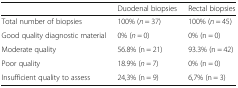
<table><thead><tr><td></td><td><b>Duodenal biopsies</b></td><td><b>Rectal biopsies</b></td></tr></thead><tbody><tr><td>Total number of biopsies</td><td>100% (<i>n</i> = 37)</td><td>100% (<i>n</i> = 45)</td></tr><tr><td>Good quality diagnostic material</td><td>0% (<i>n</i> = 0)</td><td>0% (n = 0)</td></tr><tr><td>Moderate quality</td><td>56.8% (n = 21)</td><td>93.3% (n = 42)</td></tr><tr><td>Poor quality</td><td>18.9% (<i>n</i> = 7)</td><td>0% (n = 0)</td></tr><tr><td>Insufficient quality to assess</td><td>24,3% (n = 9)</td><td>6,7% (n = 3)</td></tr></tbody></table>